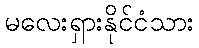
မလေးရှားနိုင်ငံသား